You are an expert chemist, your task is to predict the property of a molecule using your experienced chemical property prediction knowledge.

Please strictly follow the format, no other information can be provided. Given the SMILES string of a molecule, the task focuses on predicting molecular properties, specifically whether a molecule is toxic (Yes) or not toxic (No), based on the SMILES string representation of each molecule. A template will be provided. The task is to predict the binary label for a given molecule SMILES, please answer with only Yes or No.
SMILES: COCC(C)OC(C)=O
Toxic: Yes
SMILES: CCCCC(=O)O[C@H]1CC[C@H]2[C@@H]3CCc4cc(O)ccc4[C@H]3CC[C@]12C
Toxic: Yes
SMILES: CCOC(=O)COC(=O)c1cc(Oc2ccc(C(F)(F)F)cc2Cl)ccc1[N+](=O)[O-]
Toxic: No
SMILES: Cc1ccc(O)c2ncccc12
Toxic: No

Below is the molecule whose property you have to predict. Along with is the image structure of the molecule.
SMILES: CCCCOCC(C)OCC(C)O
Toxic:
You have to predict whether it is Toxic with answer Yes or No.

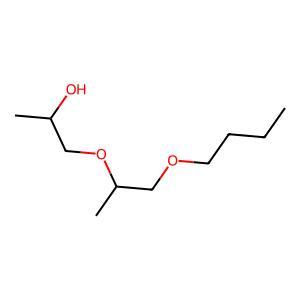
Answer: No